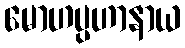
မောဟပ္ပဟာနာယ